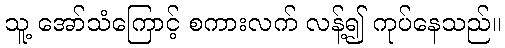
သူ့ အော်သံကြောင့် စကားလက် လန့်၍ ကုပ်နေသည်။